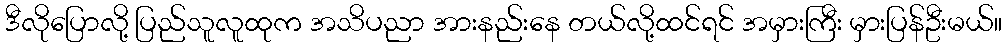
ဒီလိုပြောလို့ ပြည်သူလူထုက အသိပညာ အားနည်းနေ တယ်လို့ထင်ရင် အမှားကြီး မှားပြန်ဦးမယ်။